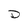
Character: D